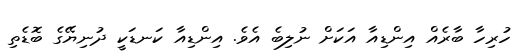
ހުރިހާ ބާރެއް އިންޑިއާ އަކަށް ނުލިބެ އެވެ. އިންޑިއާ ކަނޑަކީ ދުނިޔޭގެ ބޮޑެތި